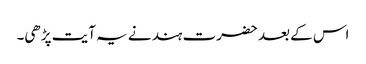
اس کے بعد حضرت ہند نے یہ آیت پڑھی۔